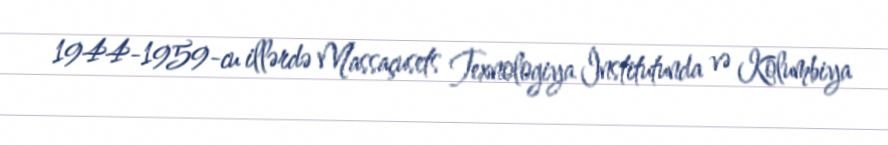
1944-1959-cu illərdə Massaçusets Texnologiya İnstitutunda və Kolumbiya